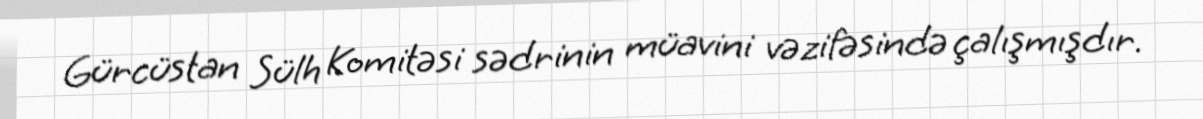
Gürcüstan Sülh Komitəsi sədrinin müavini vəzifəsində çalışmışdır.